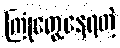
ကြုံတွေ့နေရတဲ့